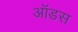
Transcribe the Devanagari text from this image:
ऑडस